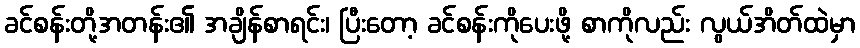
ခင်စန်းတို့အတန်း၏ အချိန်စာရင်း၊ ပြီးတော့ ခင်စန်းကိုပေးဖို့ စာကိုလည်း လွယ်အိတ်ထဲမှာ